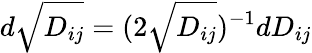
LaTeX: d\sqrt{D_{ij}}=(2\sqrt{D_{ij}})^{-1}dD_{ij}